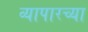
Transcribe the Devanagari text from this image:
व्यापारच्या